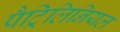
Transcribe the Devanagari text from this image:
पैट्रिलिनियल